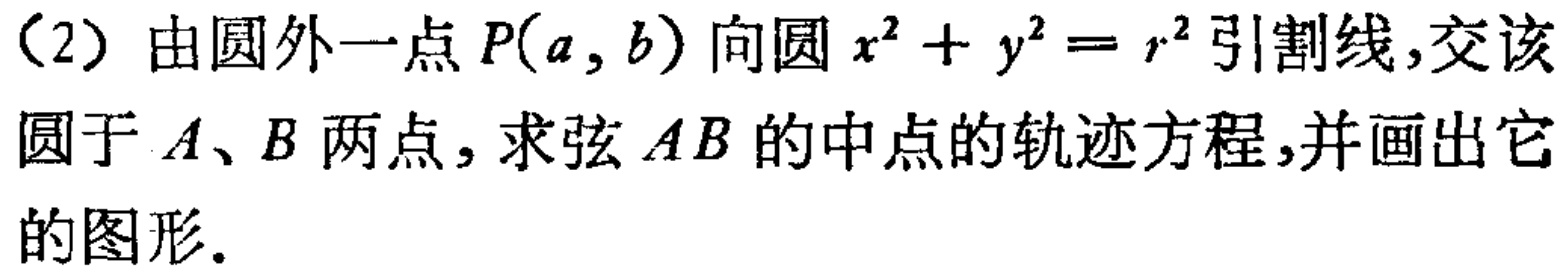
（2）由圆外一点\(P(a,b)\)向圆\(x^{2}+y^{2}=r^{2}\)引割线，交该圆于\(A、B\)两点，求弦\(AB\)的中点的轨迹方程，并画出它的图形。